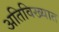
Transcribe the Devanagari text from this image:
अतिविख्यात